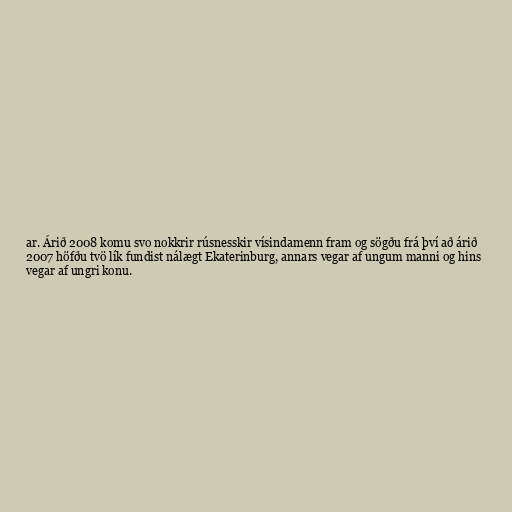
ar. Árið 2008 komu svo nokkrir rúsnesskir vísindamenn fram og sögðu frá því að árið
2007 höfðu tvö lík fundist nálægt Ekaterinburg, annars vegar af ungum manni og hins
vegar af ungri konu.